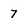
Character: 7